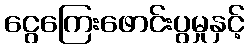
ငွေကြေးဖောင်းပွမှုနှင့်